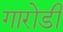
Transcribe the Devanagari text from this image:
गारोडी